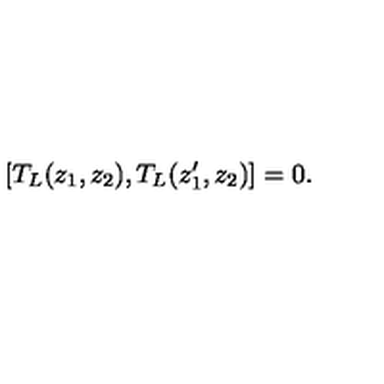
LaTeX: [ T _ { L } ( z _ { 1 } , z _ { 2 } ) , T _ { L } ( z _ { 1 } ^ { \prime } , z _ { 2 } ) ] = 0 .